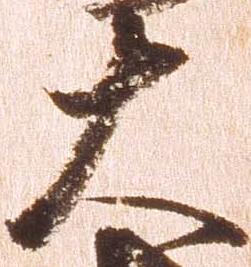
大